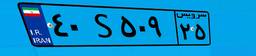
۶۱S۹۸۶۱۱